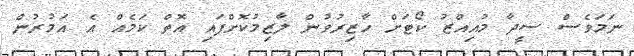
ނަމަވެސް ސީދާ މުއިއްޒު ކޯޓަށް ހާޒިރުވުން ލާޒިމުކޮށްފައި އޮތް ކަމެއް އެ އަމުރުން